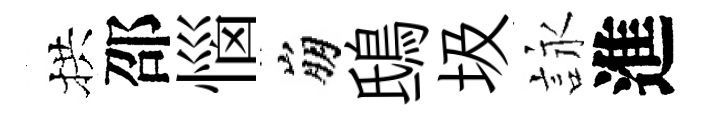
拱邵惱崩鴟圾詠進